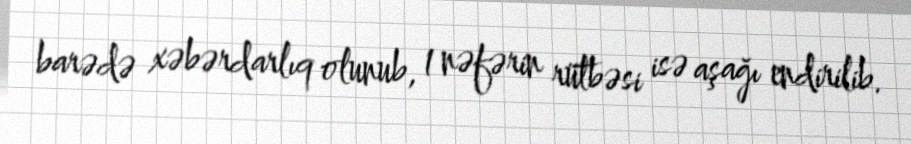
barədə xəbərdarlıq olunub, 1 nəfərin rütbəsi isə aşağı endirilib.